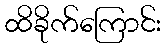
ထိခိုက်ကြောင်း